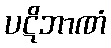
ပဋိဘာဏံ